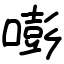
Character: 嘭